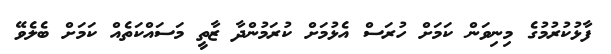
ފާޅުކުރުމުގެ މިނިވަން ކަމަށް ހުރަސް އެޅުމަށް ކުރަމުންދާ ޒާތީ މަސައްކަތެއް ކަމަށް ބެލެވޭ